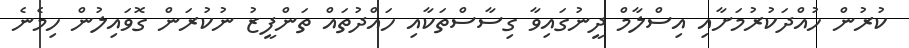
ކުރުން ހުއްދަކުރުމަށާއި އިސްލާމް ދީނުގައިވާ ގިސާސްްތަކާއި ހައްދުތައް ތަންފީޒު ނުކުރަން ގޮވައިލުން ހިމެނެ